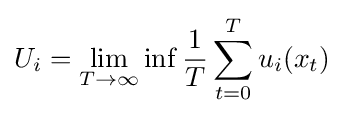
U_{i}=\lim _{T\to \infty }\inf {\frac {1}{T}}\sum _{t=0}^{T}u_{i}(x_{t})